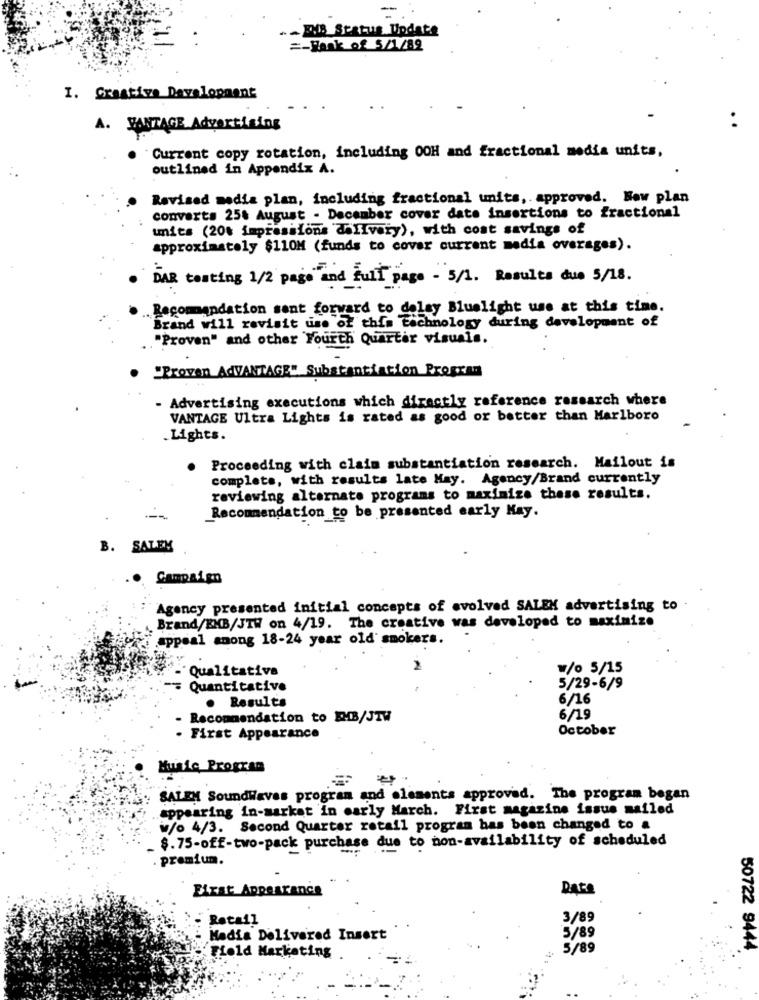
1.1B Status Update
=- Hank of 5/1/89
I. Creative Development
A. VANTAGE Advertising
Current copy rotation, including OOH and fractional media units,
outlined in Appendix A.
Revised media plan, including fractional units, . approved. New plan
converts 25. August . December cover date insertions to fractional
units (20% impressions delivery), with cost savings of
approximately $110M (funds to cover current media overages).
. DAR testing 1/2 page and Full page - 5/1. Results due 5/18.
Recommandation sant forward to delay Bluelight use at this time.
Brand will revisit use of this technology during development of
"Proven" and other Fourth Quarter visuals.
. "Proven AdVANTAGE" Substantiation Propran
- Advertising executions which directly reference research where
VANTAGE Ultra Lights is rated as good or better than Marlboro
. Lights.
. Proceeding with claim substantiation research. Mailout is
complete, with results late May. Agency/Brand currently
reviewing alternate programs to maximize these results.
Recommendation to be presented early Hay.
B. SALEM
Campaign
Agency presented initial concepts of evolved SALEM advertising to
Brand/EMB/JTW on 4/19. The creative was developed to maximize
appeal anong 18-24 year old smokers.
Qualitative
w/0 5/15
Quantitative
5/29-6/9
6/16
. Results
Recommendation to EMB/JTW
6/19
October
- First Appearance
Music Progran
SALEM SoundWaves program and elements approved. The program began
appearing in-market in early March. First magazine issue mailed
w/o 4/3. Second Quarter retail program has been changed to a
$.75-off-two-pack purchase due to non-availability of scheduled
. premium.
First Appearance
Date
Retail
3/89
5/89
Hadia Delivered Insert
Field Marketing
5/89
50722 9444